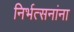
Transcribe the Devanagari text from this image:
निर्भत्सनांना